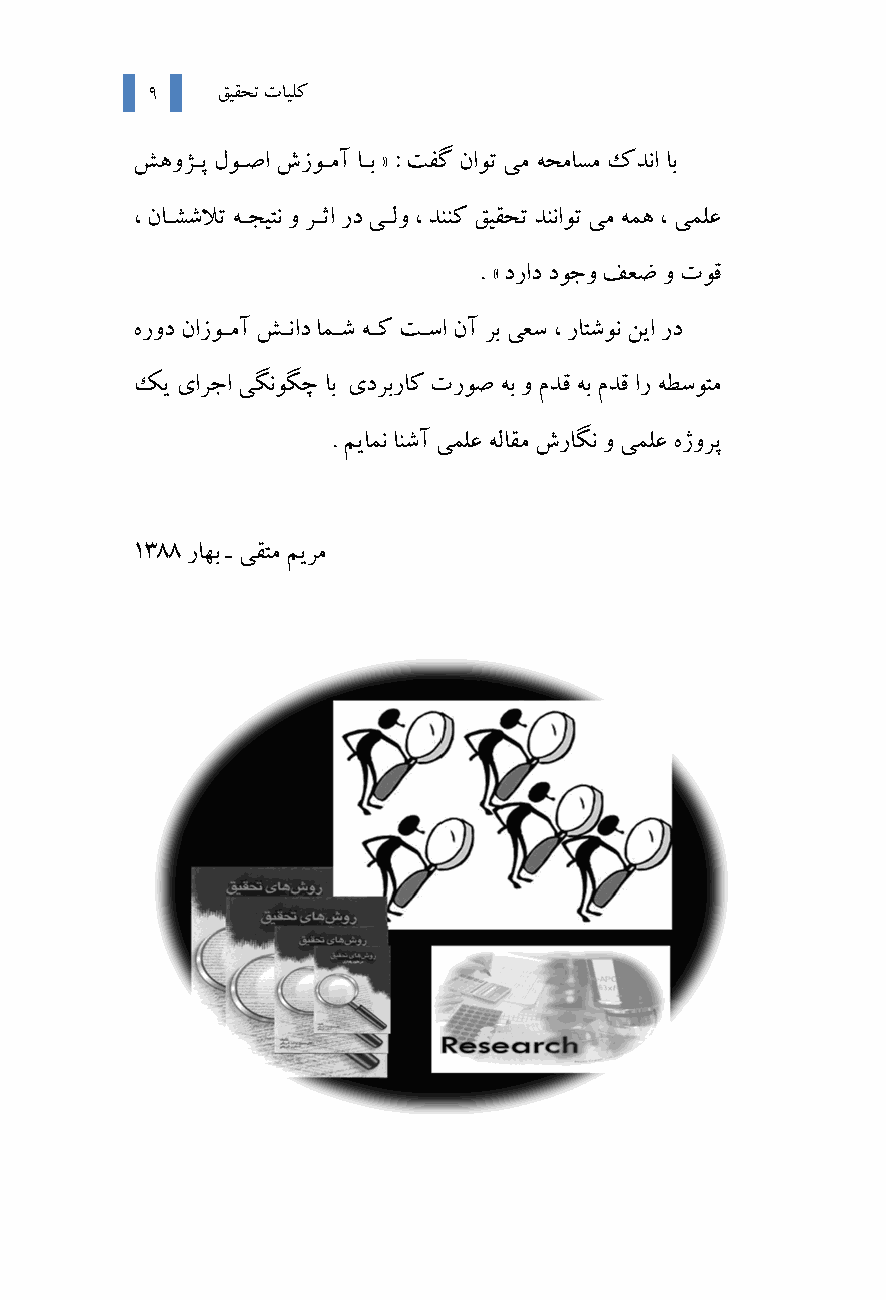
٩   ﻖﯿﻘﺤﺗ تﺎﯿﻠﮐ
 ﺶﻫوﮋـﭘ لﻮـﺻا شزﻮـﻣآ ﺎـﺑ » : ﺖﻔﮔ ناﻮﺗ ﯽﻣ ﻪﺤﻣﺎﺴﻣ كﺪﻧا ﺎﺑ
 ، نﺎـﺸﺷﻼﺗ ﻪـﺠﯿﺘﻧ و ﺮـﺛا رد ﯽ ـﻟو ، ﺪﻨﻨﮐ ﻖﯿﻘﺤﺗ ﺪﻨﻧاﻮﺗ ﯽﻣ ﻪﻤﻫ ، ﯽﻤﻠﻋ
 . « دراد دﻮﺟو ﻒﻌﺿ و تﻮﻗ
 هرود نازﻮـﻣآ ﺶـﻧاد ﺎﻤـﺷ ﻪـﮐ ﺖـﺳا نآ ﺮﺑ ﯽﻌﺳ ، رﺎﺘﺷﻮﻧ ﻦﯾا رد
 ﮏﯾ ياﺮﺟا ﯽﮕﻧﻮﮕﭼ ﺎﺑ يدﺮﺑرﺎﮐ ترﻮﺻ ﻪﺑ و مﺪﻗ ﻪﺑ مﺪﻗ ار ﻪﻄﺳﻮﺘﻣ
 . ﻢﯾﺎﻤﻧ ﺎﻨﺷآ ﯽﻤﻠﻋ ﻪﻟﺎﻘﻣ شرﺎﮕﻧ و ﯽﻤﻠﻋ هژوﺮﭘ
 1388 رﺎﻬﺑ ـ ﯽﻘﺘﻣ ﻢﯾﺮﻣ